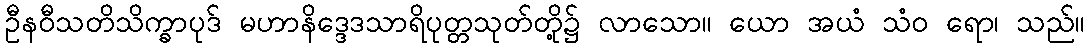
ဦနဝီသတိသိက္ခာပုဒ် မဟာနိဒ္ဒေဒသာရိပုတ္တသုတ်တို့၌ လာသော။ ယော အယံ သံဝ ရော၊ သည်။